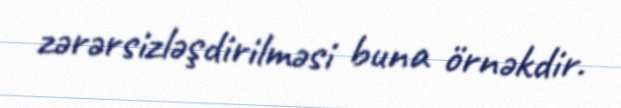
zərərsizləşdirilməsi buna örnəkdir.